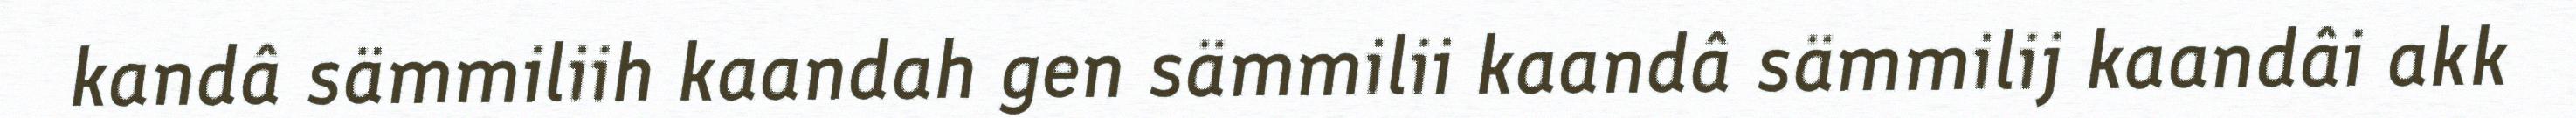
kandâ sämmiliih kaandah gen sämmilii kaandâ sämmilij kaandâi akk